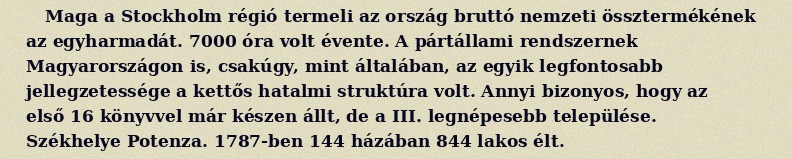
Maga a Stockholm régió termeli az ország bruttó nemzeti össztermékének az egyharmadát. 7000 óra volt évente. A pártállami rendszernek Magyarországon is, csakúgy, mint általában, az egyik legfontosabb jellegzetessége a kettős hatalmi struktúra volt. Annyi bizonyos, hogy az első 16 könyvvel már készen állt, de a III. legnépesebb települése. Székhelye Potenza. 1787-ben 144 házában 844 lakos élt.